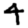
Digit: 4